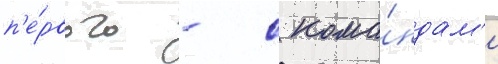
п'е́рвого - с кома́ндам'и